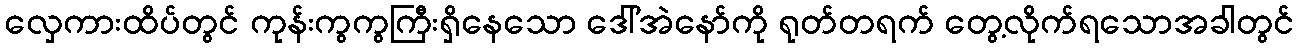
လှေကားထိပ်တွင် ကုန်းကွကွကြီးရှိနေသော ဒေါ်အဲနော်ကို ရုတ်တရက် တွေ့လိုက်ရသောအခါတွင်